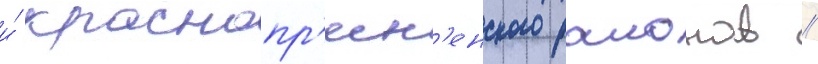
и́ краснопр'есн'енского раионов /